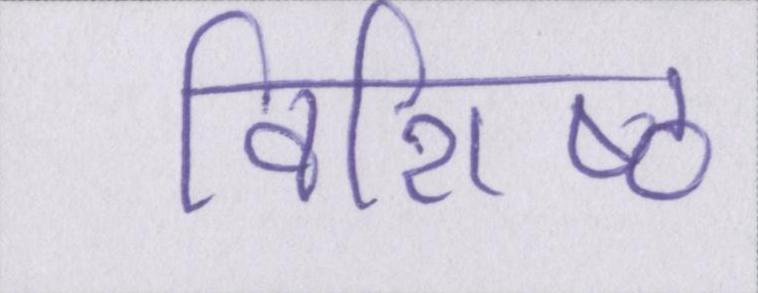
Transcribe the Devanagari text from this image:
विशिष्ठ